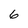
Character: 6